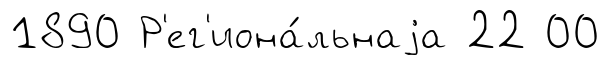
1890 Р'ег'иона́льнаjа 22 00